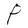
Character: P